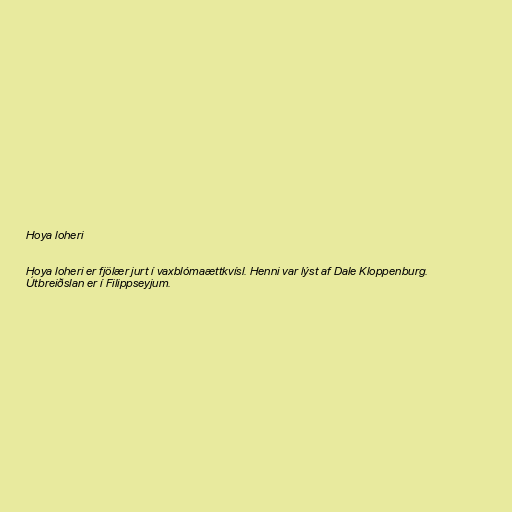
Hoya loheri

Hoya loheri er fjölær jurt í vaxblómaættkvísl. Henni var lýst af Dale Kloppenburg.
Útbreiðslan er í Filippseyjum.